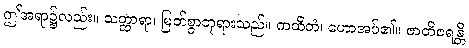
ဤအရာ၌လည်း။ သတ္ထာရာ၊ မြတ်စွာဘုရားသည်။ ကထိတံ၊ ဟောအပ်၏။ ဇာတိဇရန္တီ